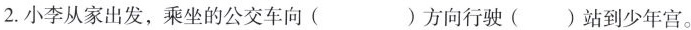
2.小李从家出发，乘坐的公交车向（）方向行驶（）站到少年宫。